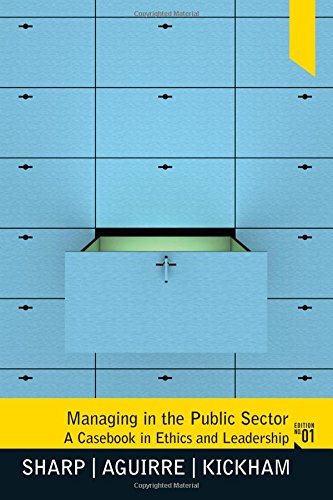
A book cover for Managing in the Public Sector: A Casebook in Ethics and Leadership; Brett S. Sharp; Politics & Social Sciences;